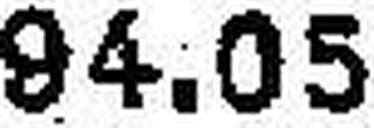
94.05